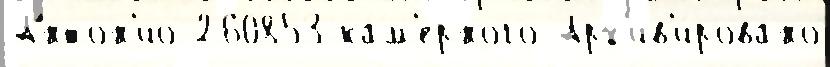
Антон'ио 260853 ка́м'ерного Арх'ив'и́ровано